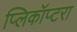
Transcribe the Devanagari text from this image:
प्लिकॉप्टरा